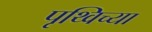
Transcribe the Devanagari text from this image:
पृथ्विच्या